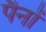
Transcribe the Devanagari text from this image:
पैनों